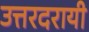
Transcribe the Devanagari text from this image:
उत्तरदरायी